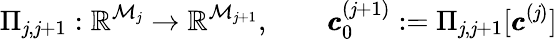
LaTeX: \Pi_{\mathit{j},\mathit{j}+1}:\mathbb{{R}}^{\mathcal{{M}}_{\mathit{j}}}\to\mathbb{{R}}^{\mathcal{{M}}_{\mathit{j}+1}},\qquad\pmb{c}_{0}^{(\mathit{j}+1)}:=\Pi_{\mathit{j},\mathit{j}+1}[\pmb{c}^{(\mathit{j})}]